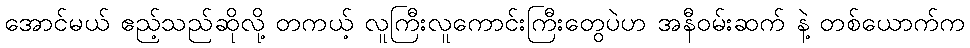
အောင်မယ် ဧည့်သည်ဆိုလို့ တကယ့် လူကြီးလူကောင်းကြီးတွေပဲဟ အနီဝမ်းဆက် နဲ့ တစ်ယောက်က